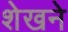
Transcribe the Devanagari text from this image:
शेखने